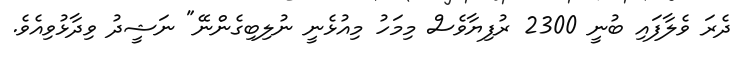
ދެރަ ވެލާފައި ބުނީ 2300 ރުފިޔާވެސް މިމަހު މިއުޅެނީ ނުލިބިގެންނޭ" ނަޝީދު ވިދާޅުވިއެވެ.